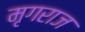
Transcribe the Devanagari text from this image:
मृगराज